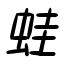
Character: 蛙